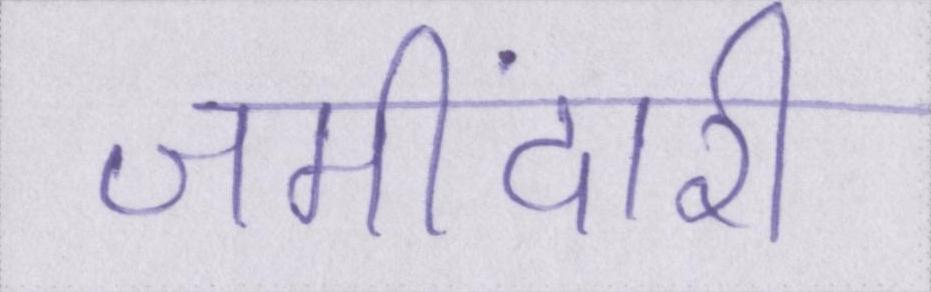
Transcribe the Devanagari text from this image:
जमींदारी